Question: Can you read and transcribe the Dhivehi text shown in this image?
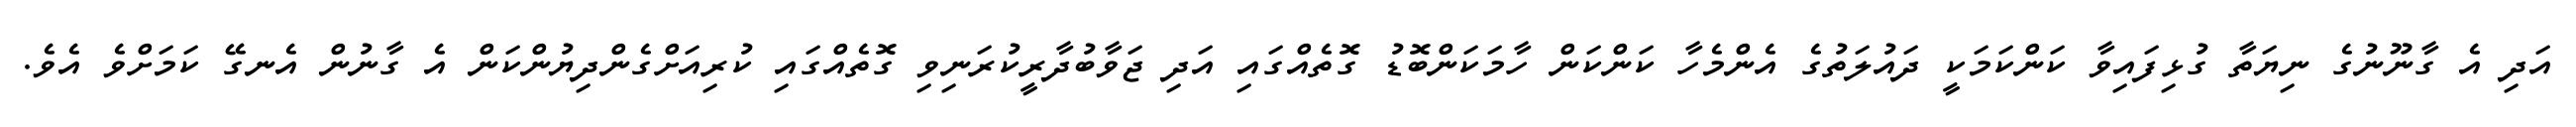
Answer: އަދި އެ ގާނޫނުގެ ނިޔަތާ ގުޅިފައިވާ ކަންކަމަކީ ދައުލަތުގެ އެންމެހާ ކަންކަން ހާމަކަންބޮޑު ގޮތެއްގައި އަދި ޖަވާބުދާރީކުރަނިވި ގޮތެއްގައި ކުރިއަށްގެންދިޔުންކަން އެ ގާނުން އެނގޭ ކަމަށްވެ އެވެ.